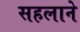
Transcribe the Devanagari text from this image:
सहलाने